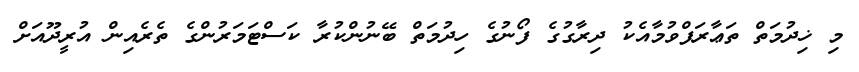
މި ޚިދުމަތް ތަޢާރަފްވުމާއެކު ދިރާގުގެ ފޯނުގެ ހިދުމަތް ބޭނުންކުރާ ކަސްޓަމަރުންގެ ތެރެއިން އުރީދޫއަށް